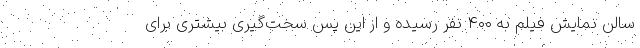
سالن نمایش فیلم به ۴۰۰ نفر رسیده و از این پس سخت‌گیری بیشتری برای